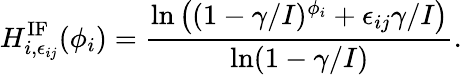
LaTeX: H_{i,\epsilon_{ij}}^{\mathrm{IF}}({\phi_{i}})=\frac{\ln\left((1-\gamma/I)^{\phi_{i}}+\epsilon_{ij}\gamma/I\right)}{\ln(1-\gamma/I)}.